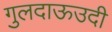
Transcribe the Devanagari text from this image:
गुलदाऊउदी